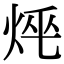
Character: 𤈯